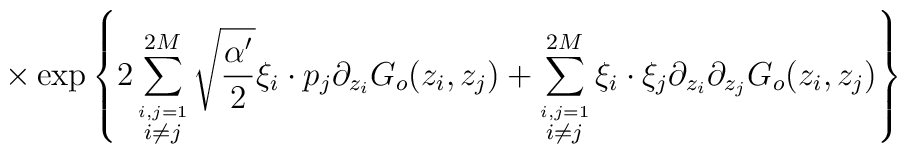
\times \exp \left\{ \displaystyle 2\sum_{\stackrel{i,j=1}{i \neq j}}^{2M} \sqrt{\displaystyle\frac{\alpha ^{\prime }}{2}}\xi _{i}\cdot p_{j}\partial_{z_{i}}G_{o}(z_{i},z_{j})+\displaystyle\sum_{\stackrel{i,j=1}{i \neq j}}^{2M}\xi_{i}\cdot \xi _{j}\partial _{z_{i}}\partial_{z_{j}}G_{o}(z_{i},z_{j})\right\}